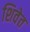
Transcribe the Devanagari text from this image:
शिवेत